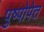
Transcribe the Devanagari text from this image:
पुष्पोपेत